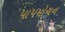
પાપમોચન